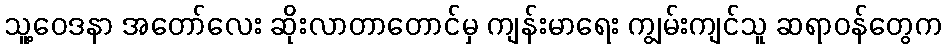
သူ့ဝေဒနာ အတော်လေး ဆိုးလာတာတောင်မှ ကျန်းမာရေး ကျွမ်းကျင်သူ ဆရာဝန်တွေက